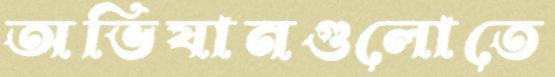
অভিযানগুলোতে